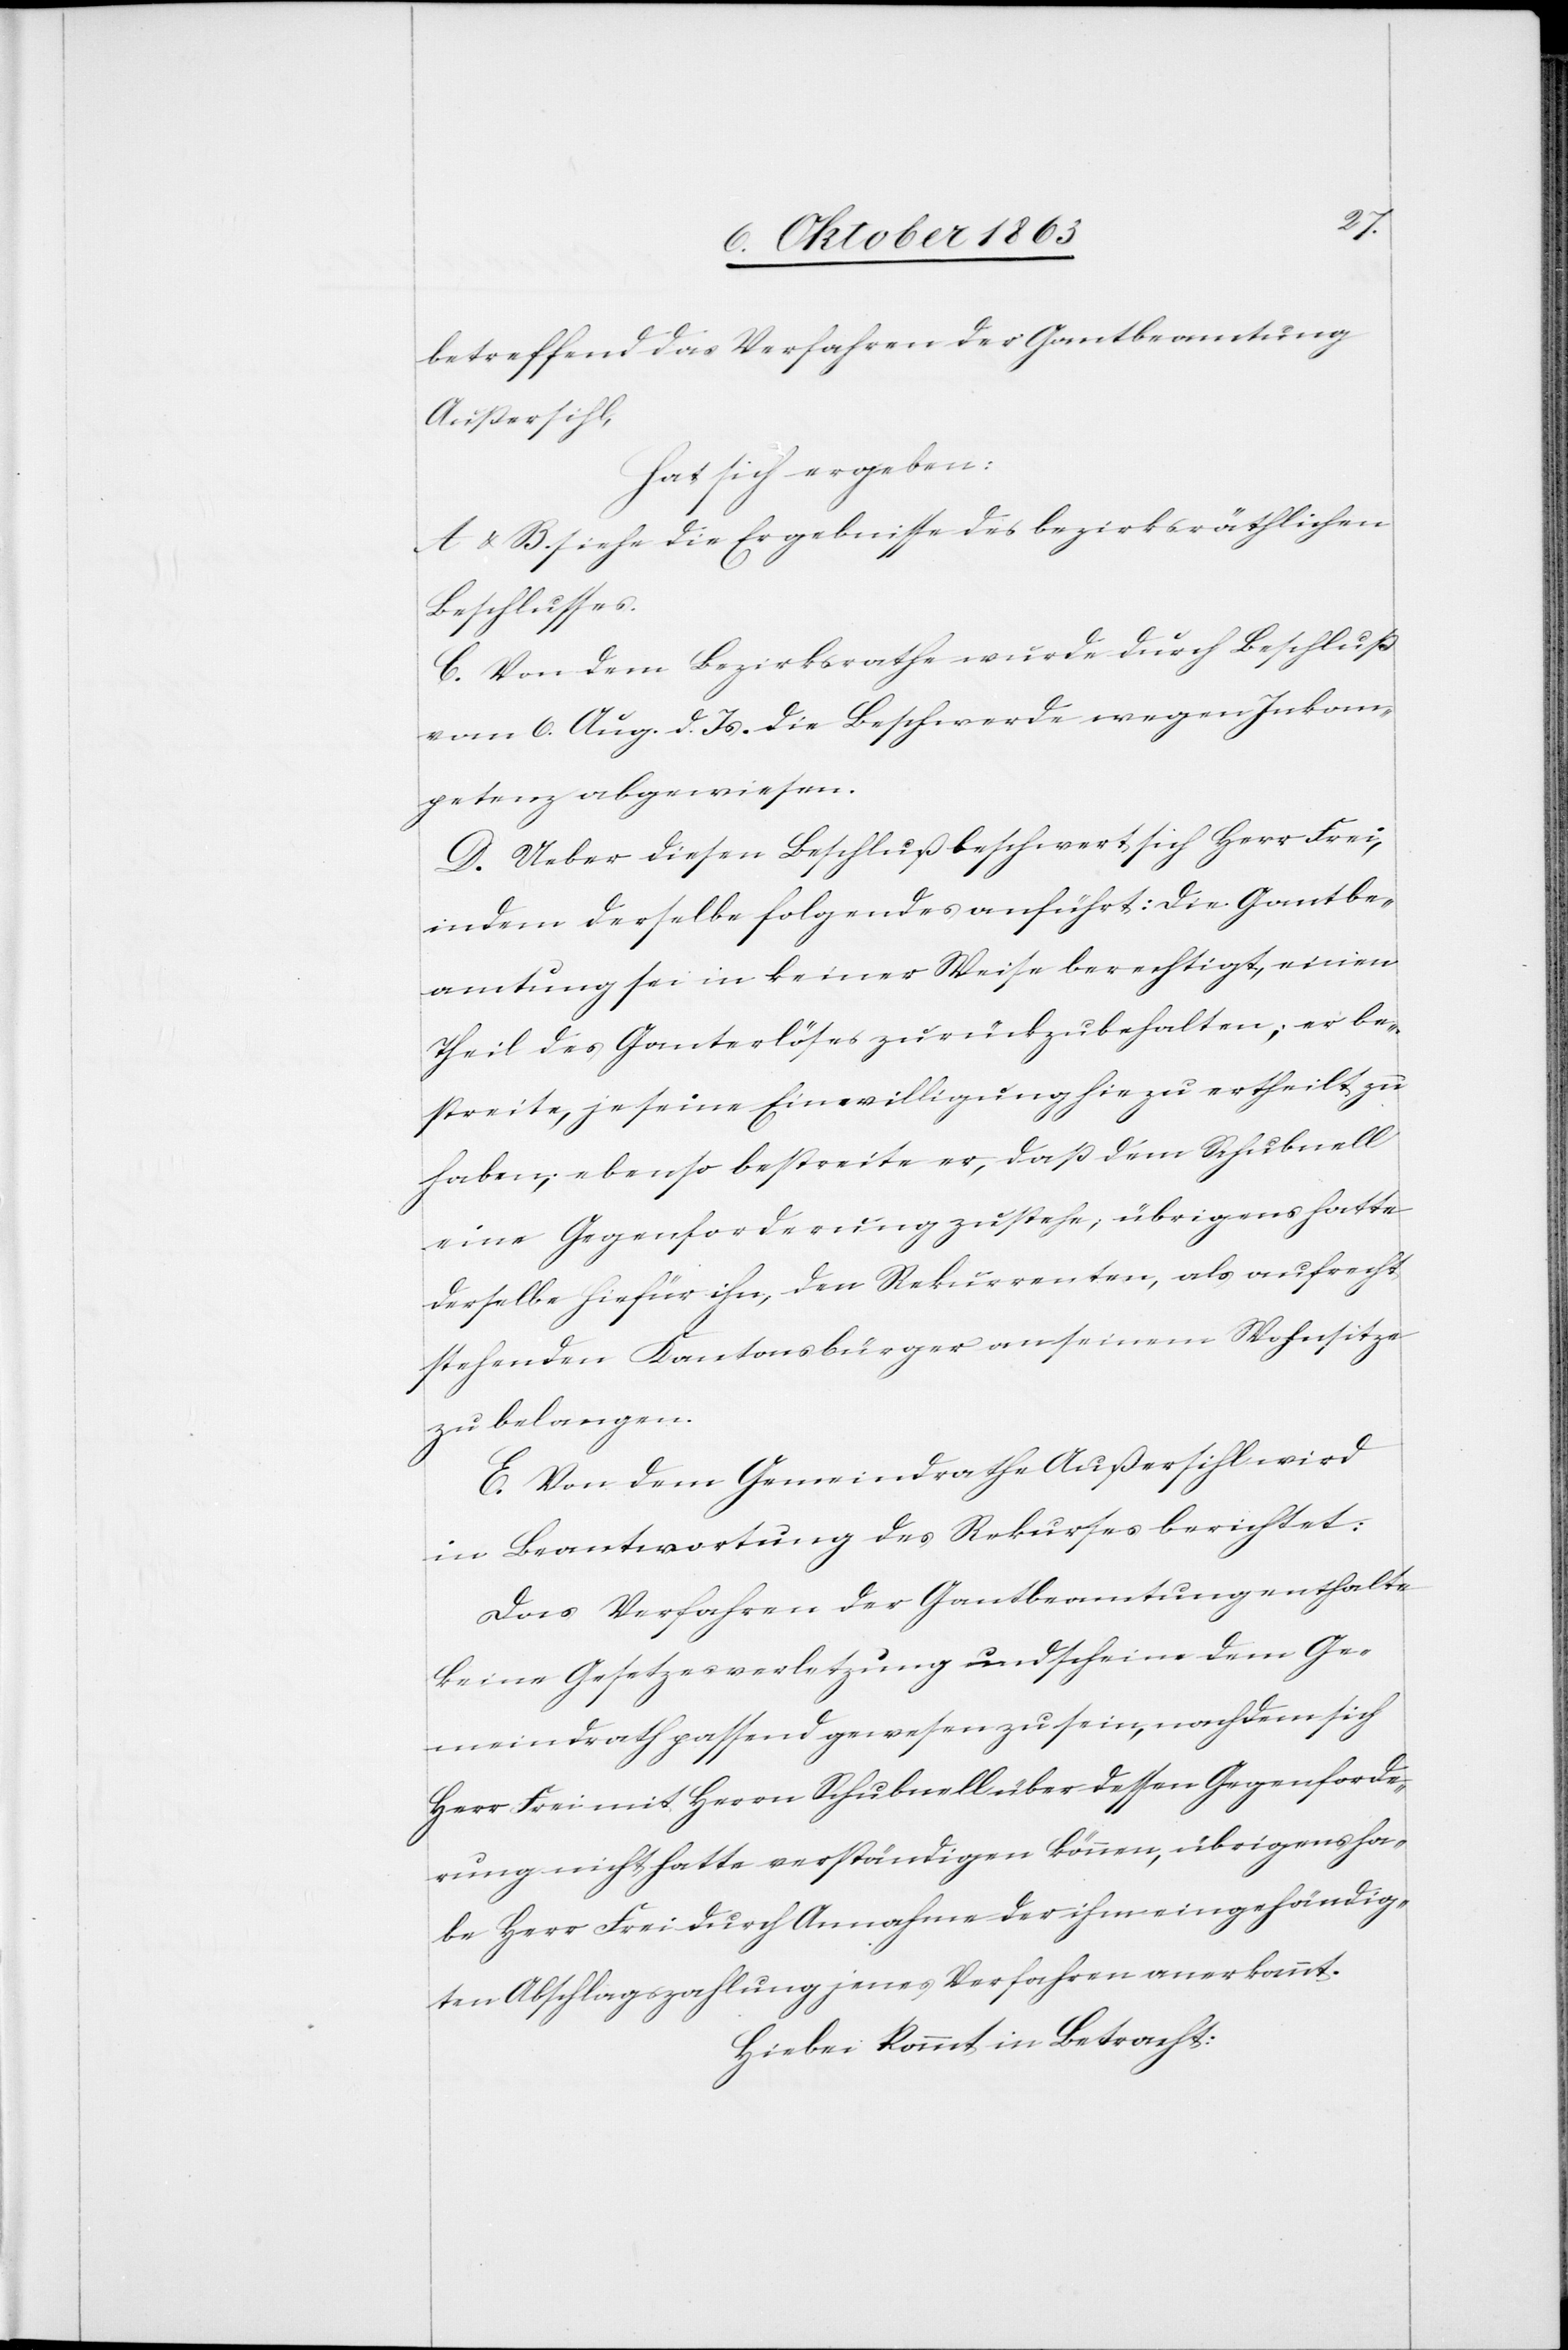
betreffend das Verfahren der Gantbeamtung
Außersihl,
hat sich ergeben:
A & B. siehe die Ergebnisse des bezirksräthlichen
Beschlusses.
C. Von dem Bezirksrathe wurde durch Beschluß
vom 6. Aug. d. Js. die Beschwerde wegen Inkom¬
petenz abgewiesen.
D. Ueber diesen Beschluß beschwert sich Herr Frei,
indem derselbe folgendes anführt: Die Gantbe¬
amtung sei in keiner Weise berechtigt, einen
Theil des Ganterlöses zurückzubehalten; er be¬
streite, je seine Einwilligung hiezu ertheilt zu
haben; ebenso bestreite er, daß dem Schubnell
eine Gegenforderung zustehe; übrigens hatte
derselbe hiefür ihn, den Rekurrenten, als aufrecht
stehenden Kantonsbürger an seinem Wohnsitze
zu belangen.
E. Von dem Gemeindrathe Außersihl wird
in Beantwortung des Rekurses berichtet:
Das Verfahren der Gantbeamtung enthalte
keine Gesetzesverletzung und scheine dem Ge¬
meindrath passend gewesen zu sein, nachdem sich
Herr Frei mit Herrn Schubnell über dessen Gegenforde¬
rung nicht hatte verständigen können, übrigens ha¬
be Herr Frei durch Annahme der ihm eingehändig¬
ten Abschlagszahlung jenes Verfahren anerkannt.
Hiebei kommt in Betracht: